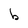
Character: b